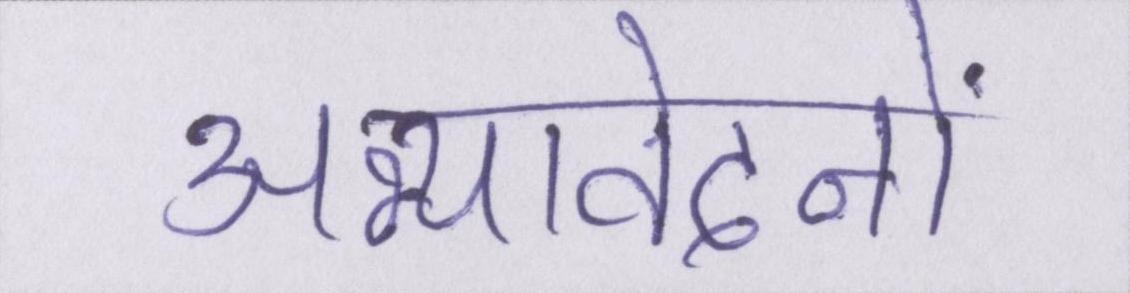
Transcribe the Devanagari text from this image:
अभ्यावेदनों